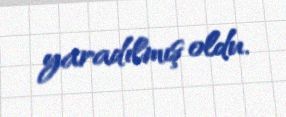
yaradılmış oldu.